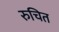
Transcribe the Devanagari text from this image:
रुचित